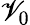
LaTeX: \mathscr{V}_{0}